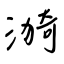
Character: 漪